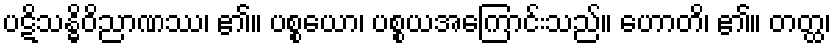
ပဋိသန္ဓိဝိညာဏဿ၊ ၏။ ပစ္စယော၊ ပစ္စယအကြောင်းသည်။ ဟောတိ၊ ၏။ တတ္ထ၊